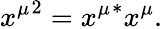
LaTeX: {x^{\mu}}^{2}={x^{\mu}}^{*}x^{\mu}.